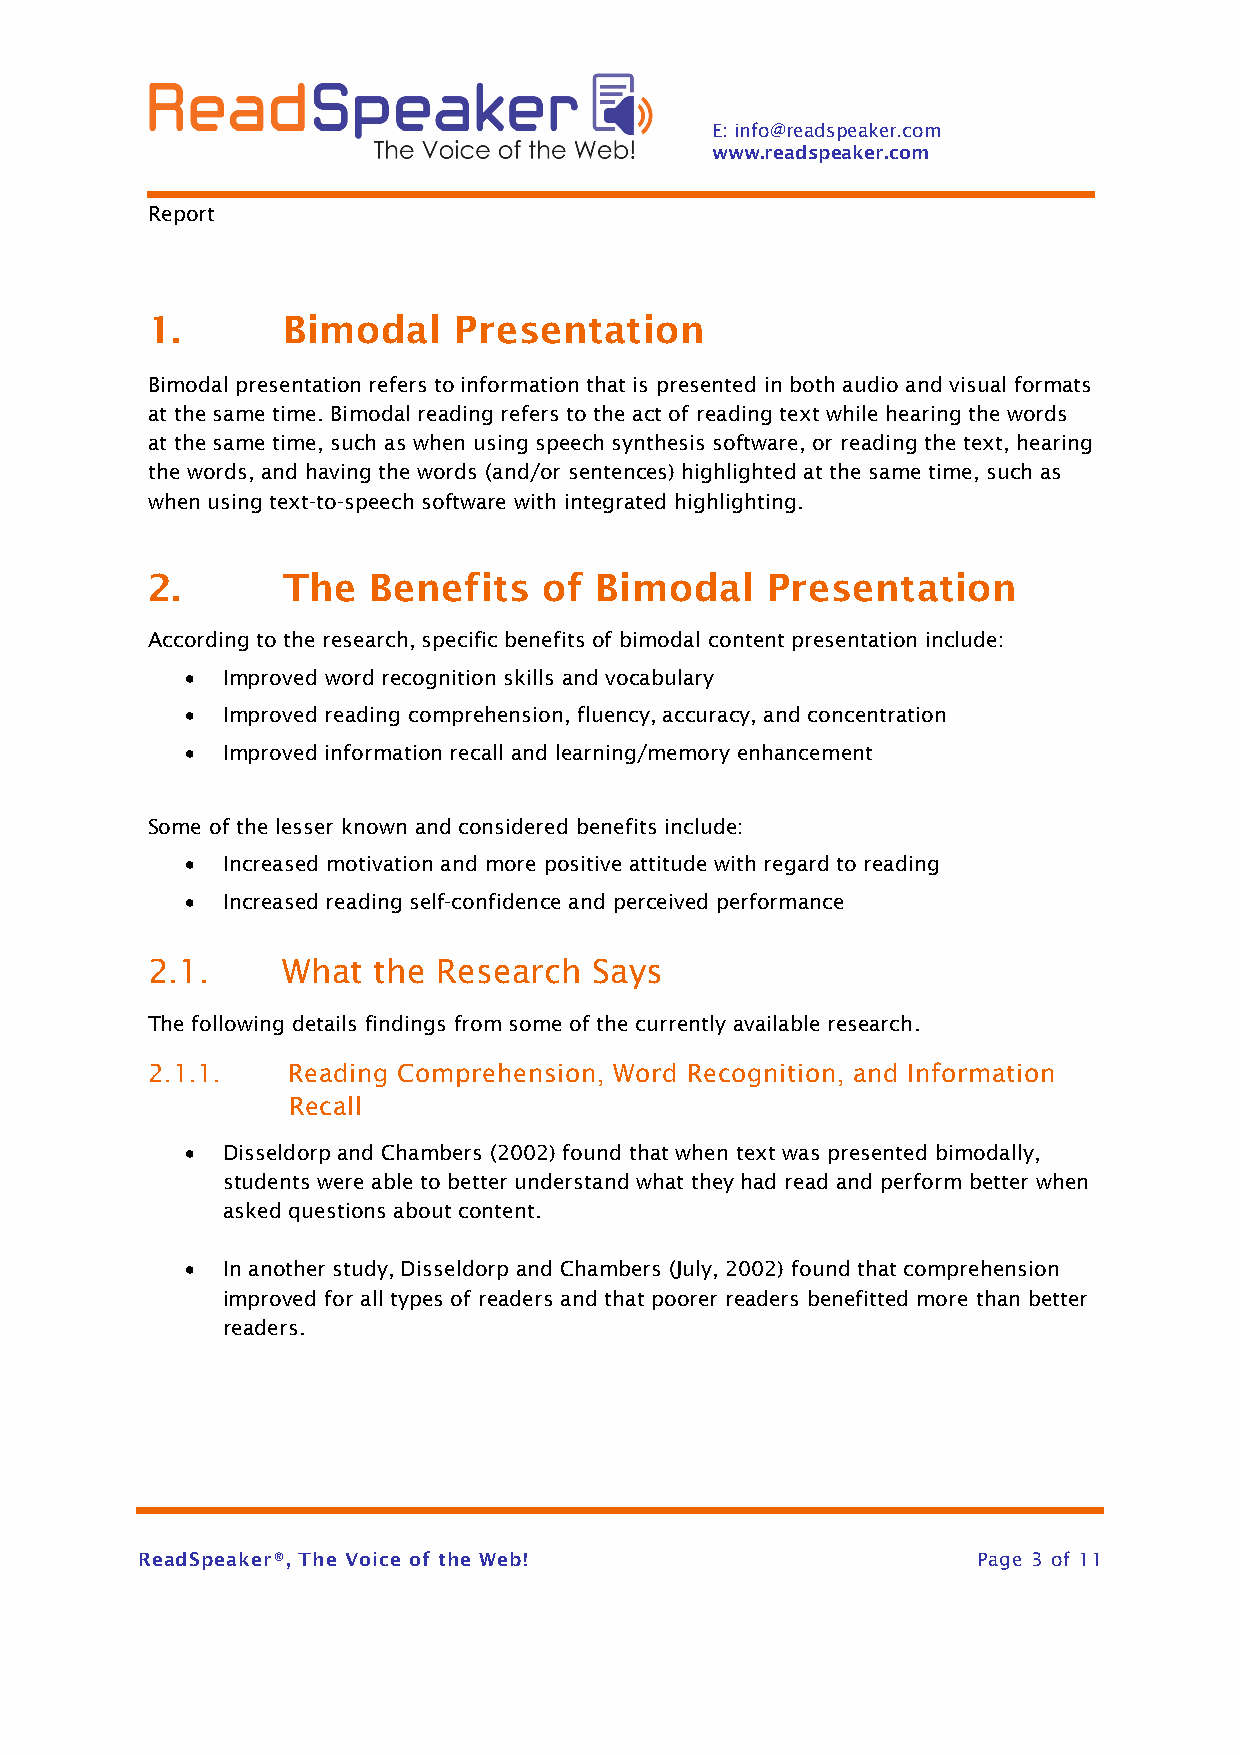
E: info@readspeaker.com
 www.readspeaker.com
 Report
 1.       Bimodal    Presentation
 Bimodal presentation refers to information that is presented in both audio and visual formats
 at the same time. Bimodal reading refers to the act of reading text while hearing the words
 at the same time, such as when using speech synthesis software, or reading the text, hearing
 the words, and having the words (and/or sentences) highlighted at the same time, such as
 when using text-to-speech software with integrated highlighting.
 2.       The   Benefits   of Bimodal     Presentation
 According to the research, specific benefits of bimodal content presentation include:
 •  Improved word recognition skills and vocabulary
 •  Improved reading comprehension, fluency, accuracy, and concentration
 •  Improved information recall and learning/memory enhancement
 Some of the lesser known and considered benefits include:
 •  Increased motivation and more positive attitude with regard to reading
 •  Increased reading self-confidence and perceived performance
 2.1.     What  the Research  Says
 The following details findings from some of the currently available research.
 2.1.1.   Reading Comprehension, Word Recognition, and Information
 Recall
 •  Disseldorp and Chambers (2002) found that when text was presented bimodally,
 students were able to better understand what they had read and perform better when
 asked questions about content.
 •  In another study, Disseldorp and Chambers (July, 2002) found that comprehension
 improved for all types of readers and that poorer readers benefitted more than better
 readers.
 ReadSpeaker®, The Voice of the Web!                     Page 3 of 11